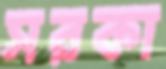
সরকা